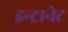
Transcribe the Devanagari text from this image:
इन्ट्रानेट